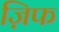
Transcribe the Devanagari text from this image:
ज़िफ